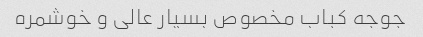
جوجه کباب مخصوص بسیار عالی و خوشمره